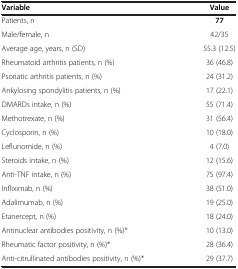
<table><thead><tr><td><b>Variable</b></td><td><b>Value</b></td></tr></thead><tbody><tr><td>Patients, n</td><td><b>77</b></td></tr><tr><td>Male/female, n</td><td>42/35</td></tr><tr><td>Average age, years, n (SD)</td><td>55.3 (12.5)</td></tr><tr><td>Rheumatoid arthritis patients, n (%)</td><td>36 (46.8)</td></tr><tr><td>Psoriatic arthritis patients, n (%)</td><td>24 (31.2)</td></tr><tr><td>Ankylosing spondylitis patients, n (%)</td><td>17 (22.1)</td></tr><tr><td>DMARDs intake, n (%)</td><td>55 (71.4)</td></tr><tr><td>Methotrexate, n (%)</td><td>31 (56.4)</td></tr><tr><td>Cyclosporin, n (%)</td><td>10 (18.0)</td></tr><tr><td>Leflunomide, n (%)</td><td>4 (7.0)</td></tr><tr><td>Steroids intake, n (%)</td><td>12 (15.6)</td></tr><tr><td>Anti-TNF intake, n (%)</td><td>75 (97.4)</td></tr><tr><td>Infliximab, n (%)</td><td>38 (51.0)</td></tr><tr><td>Adalimumab, n (%)</td><td>19 (25.0)</td></tr><tr><td>Etanercept, n (%)</td><td>18 (24.0)</td></tr><tr><td>Antinuclear antibodies positivity, n (%)*</td><td>10 (13.0)</td></tr><tr><td>Rheumatic factor positivity, n (%)*</td><td>28 (36.4)</td></tr><tr><td>Anti-citrullinated antibodies positivity, n (%)*</td><td>29 (37.7)</td></tr></tbody></table>